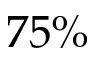
7 5 \%